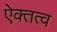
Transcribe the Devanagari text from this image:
ऐक्तत्व